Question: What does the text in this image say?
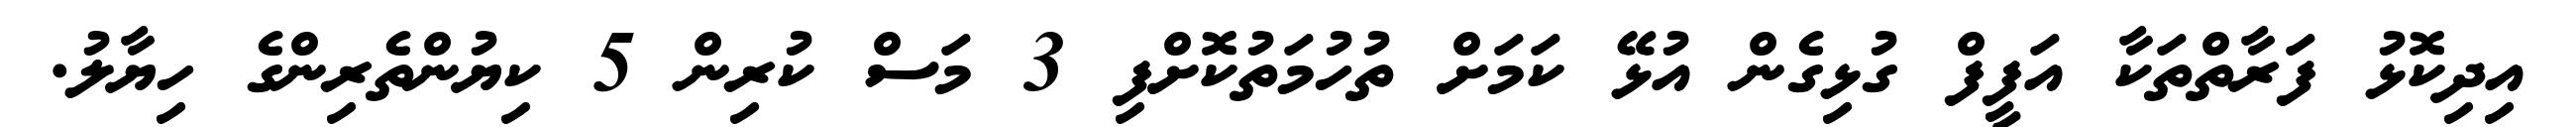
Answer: އިދިކޮޅު ފަރާތްތަކާ އަފީފް ގުޅިގެން އުޅޭ ކަމަށް ތުހުމަތުކޮށްފި 3 މަސް ކުރިން 5 ކިޔުންތެރިންގެ ހިޔާލު.